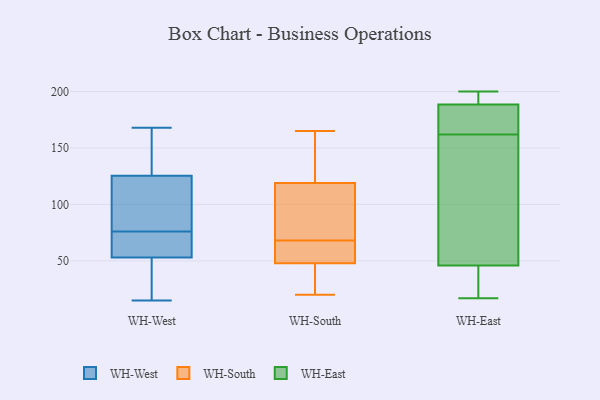
{"axis": {"x": "Demand Index", "y": "Value"}, "legend": ["WH-East", "WH-South", "WH-West"], "data": [{"x": "", "y": 42, "type": "WH-West"}, {"x": "", "y": 168, "type": "WH-West"}, {"x": "", "y": 49, "type": "WH-West"}, {"x": "", "y": 104, "type": "WH-West"}, {"x": "", "y": 82, "type": "WH-West"}, {"x": "", "y": 112, "type": "WH-West"}, {"x": "", "y": 148, "type": "WH-West"}, {"x": "", "y": 70, "type": "WH-West"}, {"x": "", "y": 15, "type": "WH-West"}, {"x": "", "y": 63, "type": "WH-West"}, {"x": "", "y": 57, "type": "WH-West"}, {"x": "", "y": 139, "type": "WH-West"}, {"x": "", "y": 48, "type": "WH-South"}, {"x": "", "y": 119, "type": "WH-South"}, {"x": "", "y": 86, "type": "WH-South"}, {"x": "", "y": 62, "type": "WH-South"}, {"x": "", "y": 165, "type": "WH-South"}, {"x": "", "y": 74, "type": "WH-South"}, {"x": "", "y": 61, "type": "WH-South"}, {"x": "", "y": 20, "type": "WH-South"}, {"x": "", "y": 41, "type": "WH-South"}, {"x": "", "y": 120, "type": "WH-South"}, {"x": "", "y": 19, "type": "WH-East"}, {"x": "", "y": 196, "type": "WH-East"}, {"x": "", "y": 103, "type": "WH-East"}, {"x": "", "y": 162, "type": "WH-East"}, {"x": "", "y": 17, "type": "WH-East"}, {"x": "", "y": 177, "type": "WH-East"}, {"x": "", "y": 33, "type": "WH-East"}, {"x": "", "y": 163, "type": "WH-East"}, {"x": "", "y": 194, "type": "WH-East"}, {"x": "", "y": 43, "type": "WH-East"}, {"x": "", "y": 179, "type": "WH-East"}, {"x": "", "y": 55, "type": "WH-East"}, {"x": "", "y": 193, "type": "WH-East"}, {"x": "", "y": 140, "type": "WH-East"}, {"x": "", "y": 181, "type": "WH-East"}, {"x": "", "y": 36, "type": "WH-East"}, {"x": "", "y": 109, "type": "WH-East"}, {"x": "", "y": 191, "type": "WH-East"}, {"x": "", "y": 200, "type": "WH-East"}]}